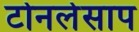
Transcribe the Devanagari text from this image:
टोनलेसाप